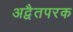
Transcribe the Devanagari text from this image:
अद्वैतपरक